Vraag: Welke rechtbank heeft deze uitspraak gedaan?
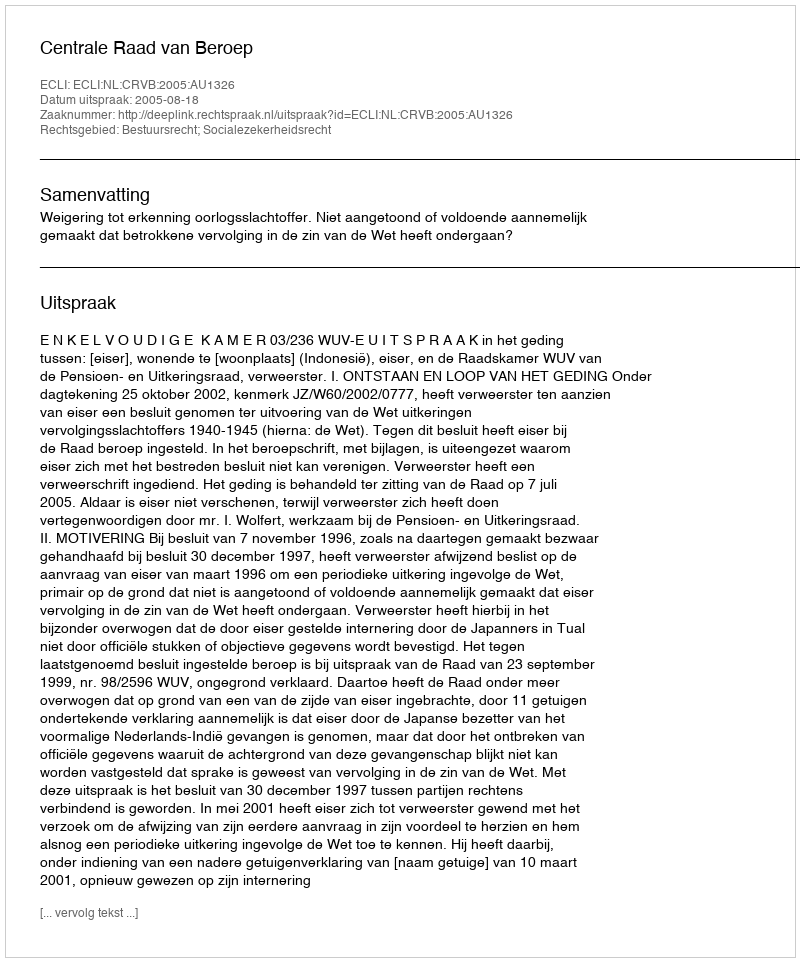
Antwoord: Centrale Raad van Beroep